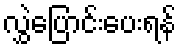
လွှဲပြောင်းပေးရန်